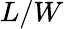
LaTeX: L/W